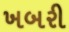
ખબરી